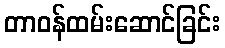
တာဝန်ထမ်းဆောင်ခြင်း